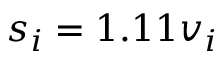
s _ { i } = 1 . 1 1 v _ { i }